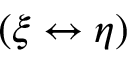
( \xi \leftrightarrow \eta )